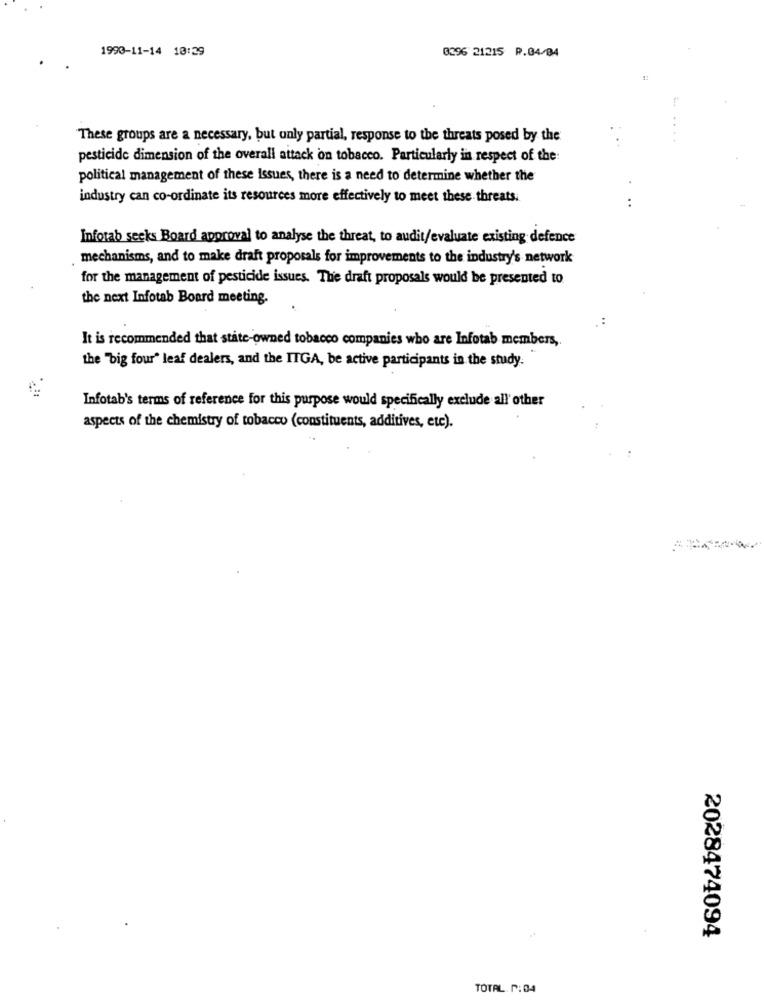
1993-11-14 10:29
0396 21215 P.04/04
These groups are a necessary, but only partial, response to the threats posed by the
pesticide dimension of the overall attack on tobacco. Particularly in respect of the:
political management of these Issues, there is a need to determine whether the
industry can co-ordinate its resources more effectively to meet these threats.
Infotab secks Board approval to analyse the threat, to audit/evaluate existing defence
mechanisms, and to make draft proposals for improvements to the industry's network
for the management of pesticide issues. The draft proposals would be presented to
the next Infotab Board meeting.
It is recommended that state-owned tobacco companies who are Infotab members,
the "big four" leaf dealers, and the ITGA, be active participants in the study.
Infotab's terms of reference for this purpose would specifically exclude all'other
aspects of the chemistry of tobacco (constituents, additives, etc).
2028474094
TOTAL P:04